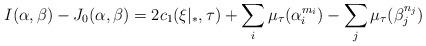
LaTeX: \begin{align*} I(\alpha,\beta)-J_{0}(\alpha,\beta)=2c_{1}(\xi|_{*},\tau)+\sum_{i}\mu_{\tau}(\alpha_{i}^{m_{i}})-\sum_{j}\mu_{\tau}(\beta_{j}^{n_{j}})\end{align*}